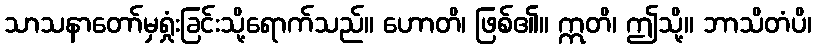
သာသနာတော်မှရှုံးခြင်းသို့ရောက်သည်။ ဟောတိ၊ ဖြစ်၏။ ဣတိ၊ ဤသို့။ ဘာသိတံပိ၊